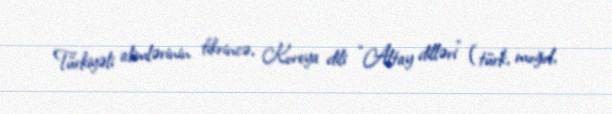
Türkiyəli alimlərinin fikrincə, Koreya dili “Altay dilləri” (türk, moğol,